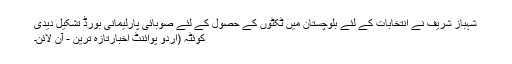
شہباز شریف نے انتخابات کے لئے بلوچستان میں ٹکٹوں کے حصول کے لئے صوبائی پارلیمانی بورڈ تشکیل دیدی
کوئٹہ (اُردو پوائنٹ اخبارتازہ ترین - آن لائن۔